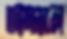
আদাজল